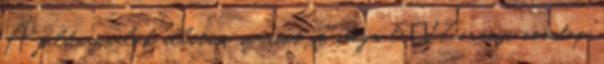
A felhasználók állítása szerint az iboga 6−17 órányi nonstop